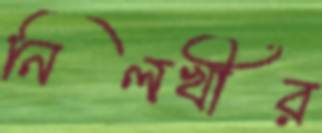
নিলখীর